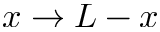
x \rightarrow L - x